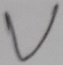
Text: V